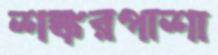
শঙ্করপাশা